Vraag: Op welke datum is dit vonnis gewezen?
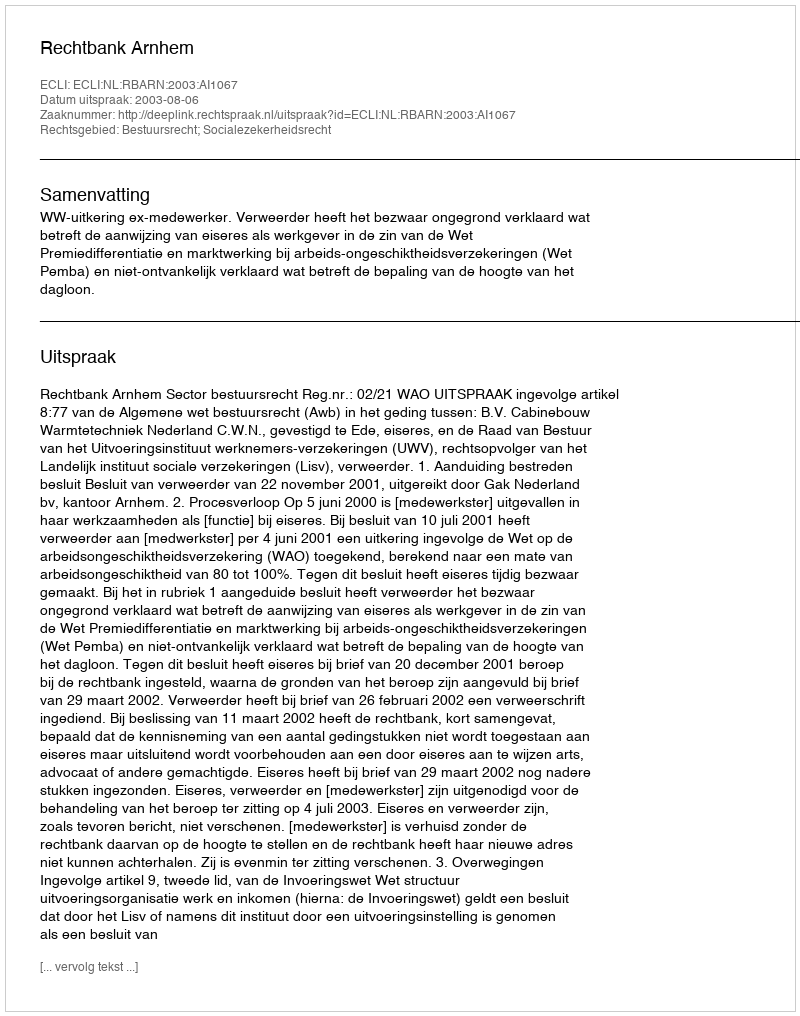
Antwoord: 2003-08-06